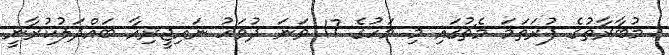
މުބާރާތުގެ ފުރަތަމަ މެޗުގައި މި މަހުގެ 17 ވަނަ ދުވަހު ނައިޖީރިއާ ބައްދަލުކުރާނީ